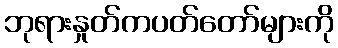
ဘုရားနှုတ်ကပတ်တော်များကို